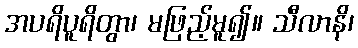
အပရိပူရိတွာ၊ မဖြည့်မူ၍။ သီလာနိ၊